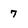
Character: 7